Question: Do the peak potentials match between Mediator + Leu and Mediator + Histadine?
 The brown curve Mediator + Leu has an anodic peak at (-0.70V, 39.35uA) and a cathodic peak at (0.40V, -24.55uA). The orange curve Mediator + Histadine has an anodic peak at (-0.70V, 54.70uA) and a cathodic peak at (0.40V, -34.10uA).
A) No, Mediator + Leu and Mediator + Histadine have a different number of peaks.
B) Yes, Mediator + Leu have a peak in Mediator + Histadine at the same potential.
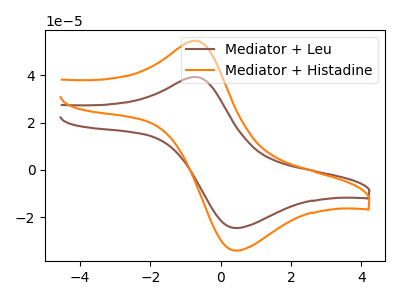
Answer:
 <answer>B) Yes, "Mediator + Leu" have a peak in "Mediator + Histadine" at the same potential.</answer>
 <eval>B</eval>